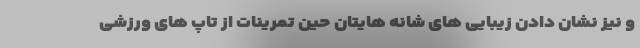
و نیز نشان دادن زیبایی های شانه هایتان حین تمرینات از تاپ های ورزشی